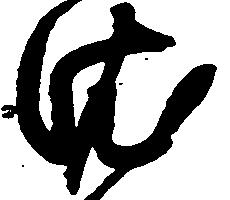
依